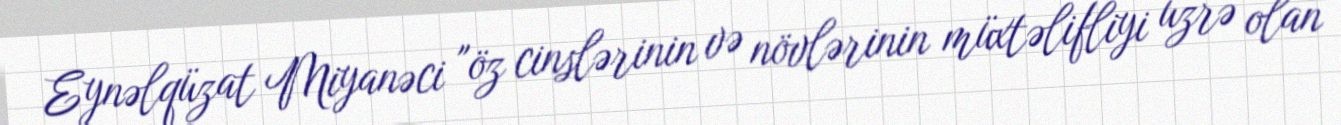
Eynəlqüzat Miyanəci "öz cinslərinin və növlərinin müxtəlifliyi üzrə olan